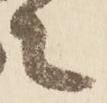
々